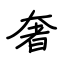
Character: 奢